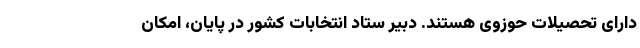
دارای تحصیلات حوزوی هستند. دبیر ستاد انتخابات کشور در پایان، امکان